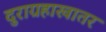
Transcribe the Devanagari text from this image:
दुराग्रहाखातर